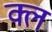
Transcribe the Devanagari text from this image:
क्ल